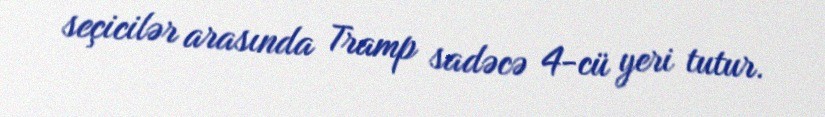
seçicilər arasında Tramp sadəcə 4-cü yeri tutur.